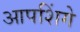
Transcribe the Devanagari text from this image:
आपशिंगे